Lunatic asylums Burma 1907-21 - 1907-1921
Year: 1907
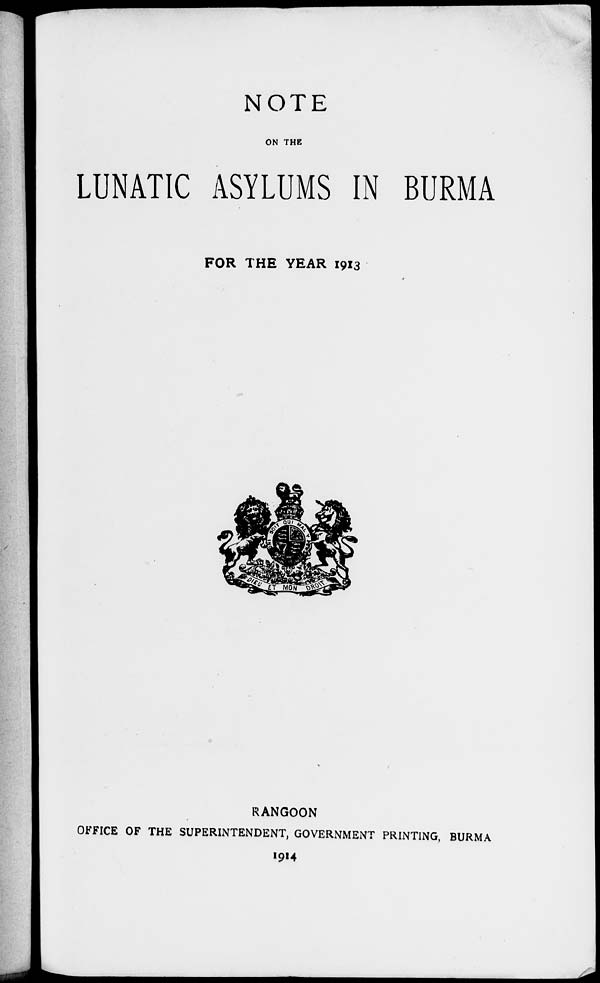
NOTE
ON THE
LUNATIC ASYLUMS IN BURMA
FOR THE YEAR 1913
RANGOON
OFFICE OF THE SUPERINTENDENT, GOVERNMENT PRINTING, BURMA
1914